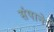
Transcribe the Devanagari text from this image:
संपाने